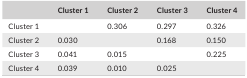
|  | Cluster 1 | Cluster 2 | Cluster 3 | Cluster 4 |
 | --- | --- | --- | --- | --- |
 | Cluster 1 |  | 0.306 | 0.297 | 0.326 |
 | Cluster 2 | 0.030 |  | 0.168 | 0.150 |
 | Cluster 3 | 0.041 | 0.015 |  | 0.225 |
 | Cluster 4 | 0.039 | 0.010 | 0.025 |  |